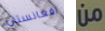
افغانستان من